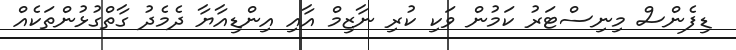
ޑިފެންސް މިނިސްޓަރު ކަމުން ވަކި ކުރި ނާޒިމް އާއި އިންޑިއާޔާ ދެމެދު ގާތްގުޅުންތަކެއް